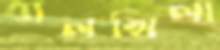
বালখিল্য